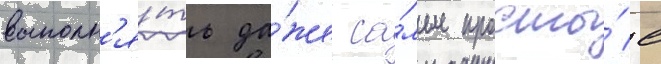
выполн'я́ть да́же са́мые просты́е